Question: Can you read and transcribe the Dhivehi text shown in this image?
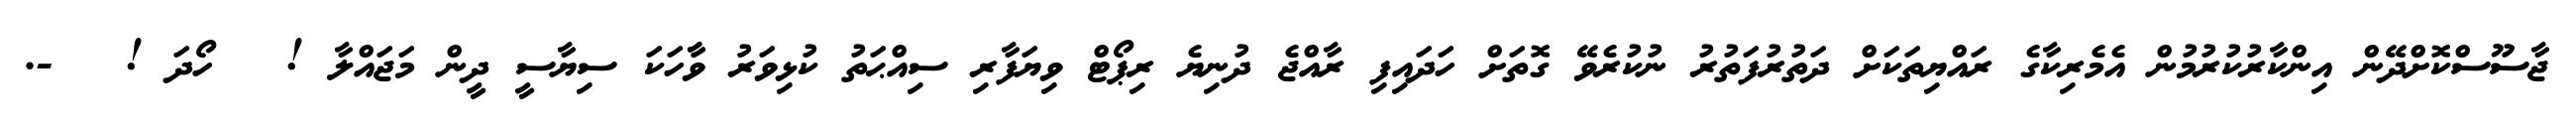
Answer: ޖާސޫސްކޮށްދޭން އިންކާރުކުރުމުން އެމެރިކާގެ ރައްޔިތަކަށް ދަތުރުފަތުރު ނުކުރެވޭ ގޮތަށް ހަދައިފި ރާއްޖެ ދުނިޔެ ރިޕޯޓް ވިޔަފާރި ސިއްޙަތު ކުޅިވަރު ވާާހަކަ ސިޔާސީ ދީން މަޖައްލާ ! ? ހޯދަ ! ? -.